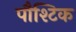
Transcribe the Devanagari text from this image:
पौश्टिक